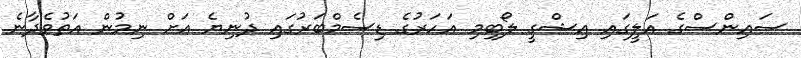
ސައިންސްގެ އަލީގައި އިޝްގީ ލޯބިމި އަހަރުގެ ޑިސެމްބަރުގައި ދުނިޔެ އަށް ނިމުން އަތުވެދާނެ